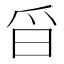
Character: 㸓